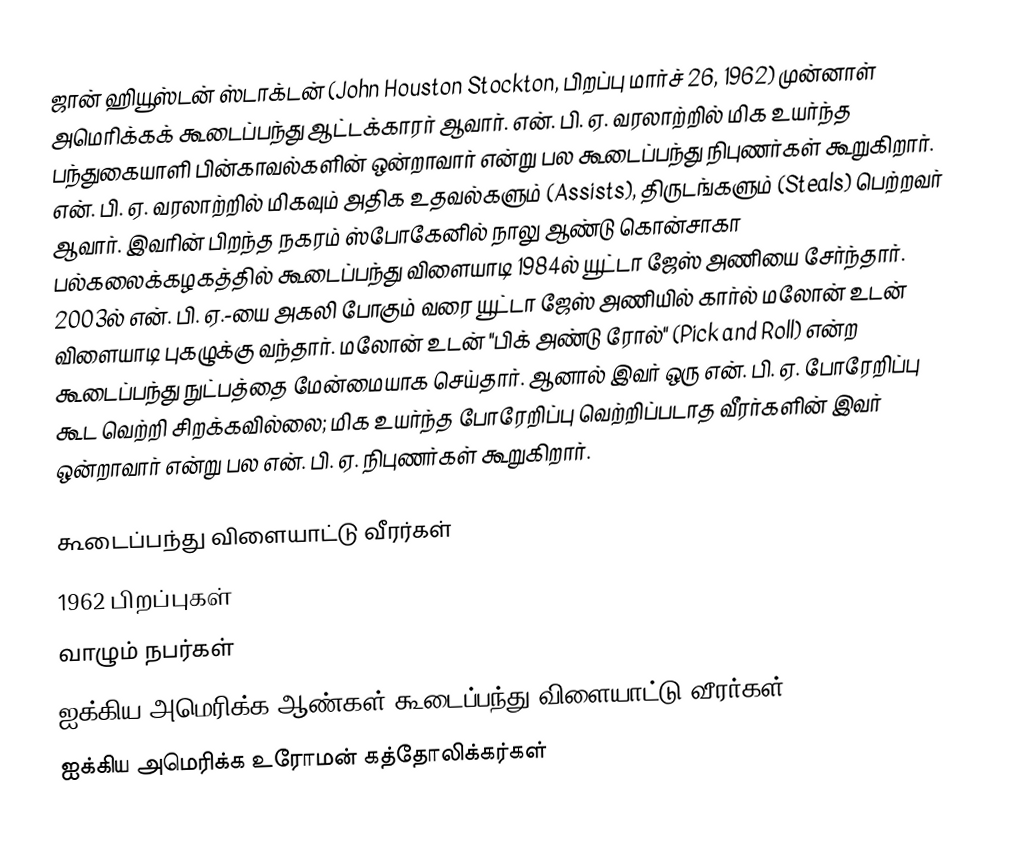
ஜான் ஹியூஸ்டன் ஸ்டாக்டன் (John Houston Stockton, பிறப்பு மார்ச் 26, 1962) முன்னாள் அமெரிக்கக் கூடைப்பந்து ஆட்டக்காரர் ஆவார். என். பி. ஏ. வரலாற்றில் மிக உயர்ந்த பந்துகையாளி பின்காவல்களின் ஒன்றாவார் என்று பல கூடைப்பந்து நிபுணர்கள் கூறுகிறார். என். பி. ஏ. வரலாற்றில் மிகவும் அதிக உதவல்களும் (Assists), திருடங்களும் (Steals) பெற்றவர் ஆவார். இவரின் பிறந்த நகரம் ஸ்போகேனில் நாலு ஆண்டு கொன்சாகா பல்கலைக்கழகத்தில் கூடைப்பந்து விளையாடி 1984ல் யூட்டா ஜேஸ் அணியை சேர்ந்தார். 2003ல் என். பி. ஏ.-யை அகலி போகும் வரை யூட்டா ஜேஸ் அணியில் கார்ல் மலோன் உடன் விளையாடி புகழுக்கு வந்தார். மலோன் உடன் "பிக் அண்டு ரோல்" (Pick and Roll) என்ற கூடைப்பந்து நுட்பத்தை மேன்மையாக செய்தார். ஆனால் இவர் ஒரு என். பி. ஏ. போரேறிப்பு கூட வெற்றி சிறக்கவில்லை; மிக உயர்ந்த போரேறிப்பு வெற்றிப்படாத வீரர்களின் இவர் ஒன்றாவார் என்று பல என். பி. ஏ. நிபுணர்கள் கூறுகிறார்.

கூடைப்பந்து விளையாட்டு வீரர்கள்
1962 பிறப்புகள்
வாழும் நபர்கள்
ஐக்கிய அமெரிக்க ஆண்கள் கூடைப்பந்து விளையாட்டு வீரர்கள்
ஐக்கிய அமெரிக்க உரோமன் கத்தோலிக்கர்கள்